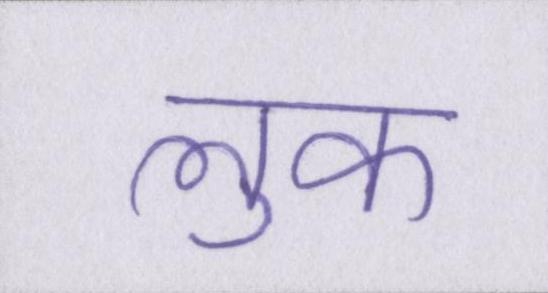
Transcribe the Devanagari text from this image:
लुक